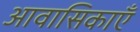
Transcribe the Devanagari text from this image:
आवासिकाएँ